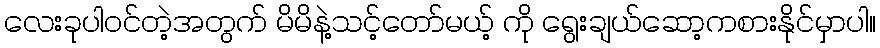
လေးခုပါဝင်တဲ့အတွက် မိမိနဲ့သင့်တော်မယ့် ကို ရွေးချယ်ဆော့ကစားနိုင်မှာပါ။